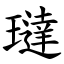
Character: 㼀